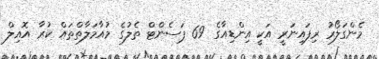
މެންގަލޯރު ރިފައިނަރީ އަކީ އިންޑިއާގެ 69 ޕަސެންޓް ތެލުގެ މުއާމަލާތްތައް ކުރާ އޮއިލް